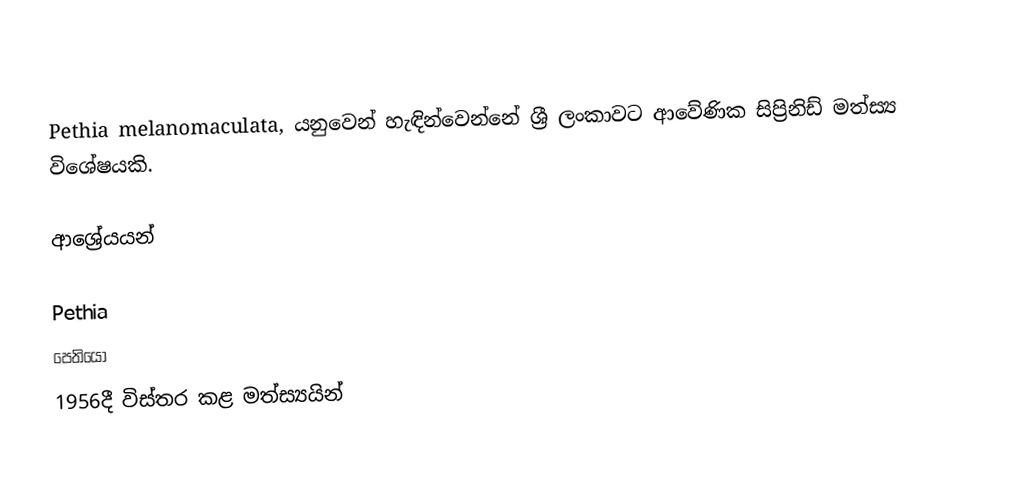
Pethia melanomaculata, යනුවෙන් හැඳින්වෙන්නේ ශ්‍රී ලංකාවට ආවේණික සිප්‍රිනිඩ් මත්ස්‍ය විශේෂයකි.

ආශ්‍රේයයන්

Pethia
පෙතියෝ
1956දී විස්තර කළ මත්ස්‍යයින්